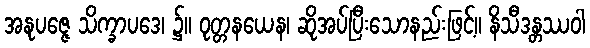
အနုပဇ္ဇေ သိက္ခာပဒေ၊ ၌။ ဝုတ္တနယေန၊ ဆိုအပ်ပြီးသောနည်းဖြင့်။ နိသီဒန္တဿဝါ